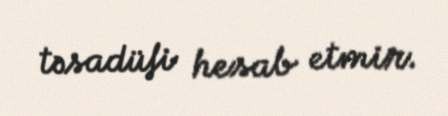
təsadüfi hesab etmir.